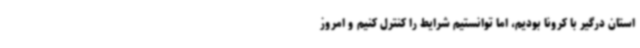
استان درگیر با کرونا بودیم، اما توانستیم شرایط را کنترل کنیم و امروز